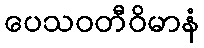
ပေသဝတီဝိမာနံ